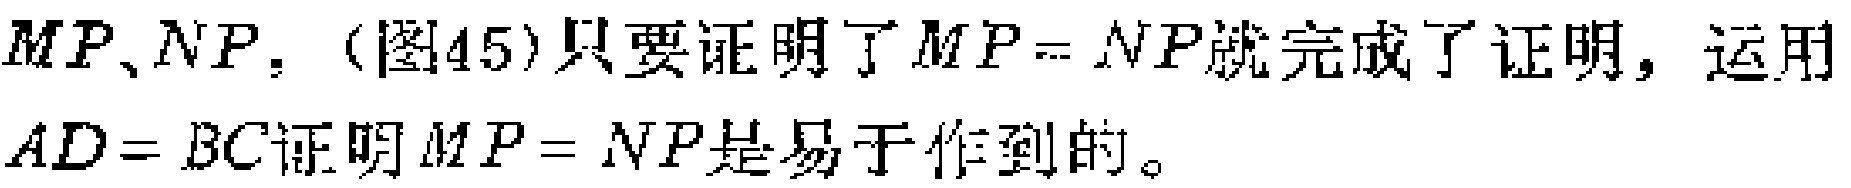
$MP、NP$.（图45）只要证明了$MP = NP$就完成了证明，运用$AD = BC$证明$MP = NP$是易于作到的。